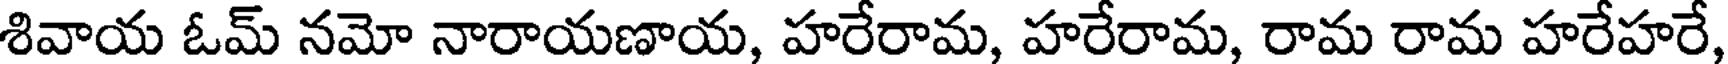
శివాయ ఓమ్ నమో నారాయణాయ, హరేరామ, హరేరామ, రామ రామ హరేహరే,